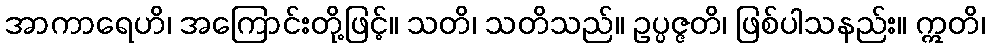
အာကာရေဟိ၊ အကြောင်းတို့ဖြင့်။ သတိ၊ သတိသည်။ ဥပ္ပဇ္ဇတိ၊ ဖြစ်ပါသနည်း။ ဣတိ၊